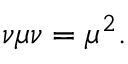
\nu \mu \nu = \mu ^ { 2 } .